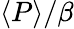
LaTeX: \langle P\rangle/\beta